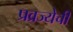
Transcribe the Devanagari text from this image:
प्रव्रज्येची